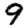
Digit: 9